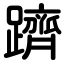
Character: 躋